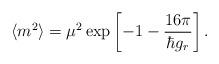
LaTeX: \begin{align*}\langle m^{2} \rangle = \mu^{2} \exp \left [ -1- \frac{{ 16 \pi}}{ \hbar g_{r} } \right ] .\end{align*}